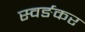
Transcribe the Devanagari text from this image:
स्वर्ङकर